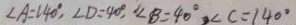
\angle A = 1 4 0 ^ { \circ } , \angle D = 4 0 ^ { \circ } , \angle B = 4 0 ^ { \circ } , \angle C = 1 4 0 ^ { \circ }